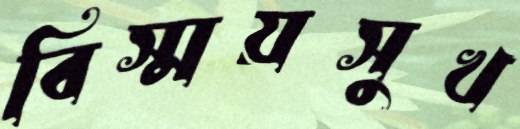
বিস্ময়সুখ